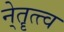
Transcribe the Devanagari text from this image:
ने्तॄत्त्व